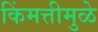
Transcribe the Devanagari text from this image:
किंमत्तीमुळे